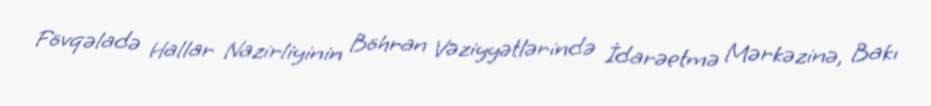
Fövqəladə Hallar Nazirliyinin Böhran Vəziyyətlərində İdarəetmə Mərkəzinə, Bakı